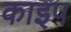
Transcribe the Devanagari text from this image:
काइप